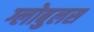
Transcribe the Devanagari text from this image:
ग्लोबुलस